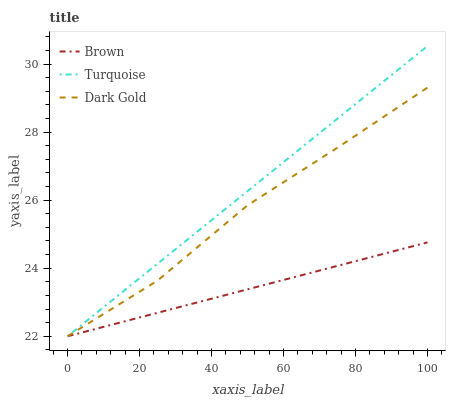
| xaxis_label | Brown | Turquoise | Dark Gold |
 | --- | --- | --- | --- |
 | 0 | 22 | 22 | 22 |
 | 25 | 22.7 | 24.1 | 23.6 |
 | 50 | 23.4 | 26.3 | 25.8 |
 | 75 | 24.1 | 28.4 | 27.5 |
 | 100 | 24.8 | 30.5 | 29.3 |